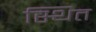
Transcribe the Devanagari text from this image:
स्थित